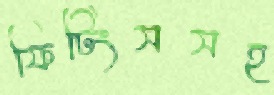
ফিটিংসসহ